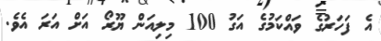
އެ ފަހަރުގެ ވައްކަމުގެ އަގު 100 މިލިއަން ޔޫރޯ އަށް އަރަ އެވެ.